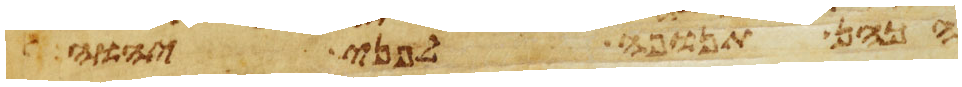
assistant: הכהן תנופה לפני יהוה